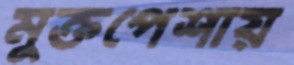
মুক্তপেশায়